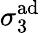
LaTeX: \sigma_{3}^{\mathrm{ad}}